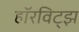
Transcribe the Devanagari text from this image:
हॉरविट्झ